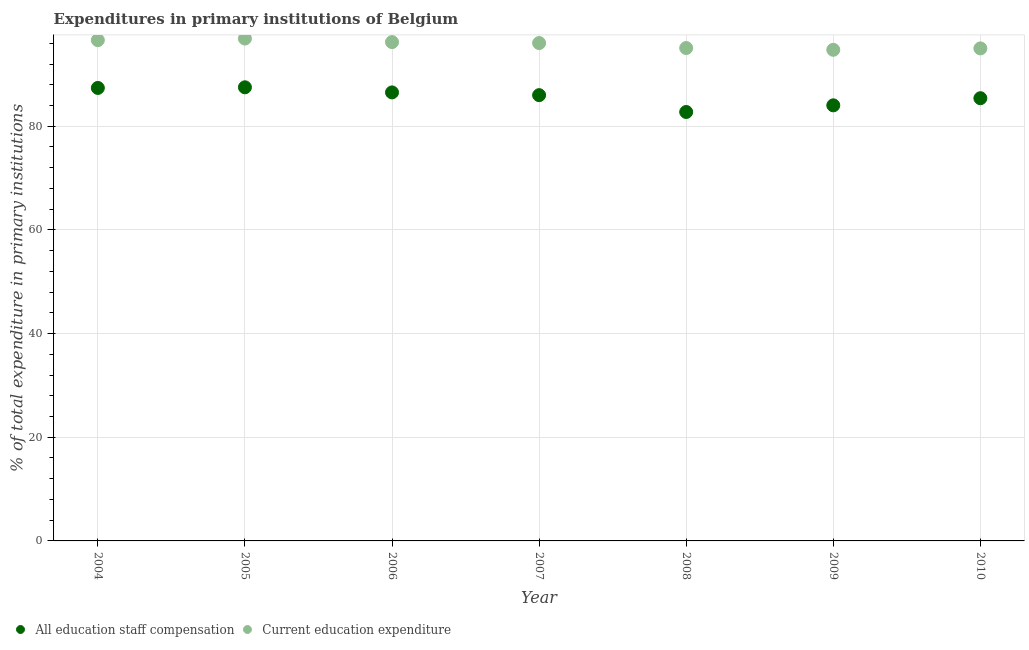
| Year | All education staff compensation | Current education expenditure |
 | --- | --- | --- |
 | 2004 | 87.4 | 96.6 |
 | 2005 | 87.5 | 96.9 |
 | 2006 | 86.5 | 96.2 |
 | 2007 | 86 | 96 |
 | 2008 | 82.7 | 95.1 |
 | 2009 | 84 | 94.7 |
 | 2010 | 85.4 | 95 |